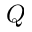
Q